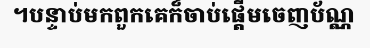
។បន្ទាប់មកពួកគេក៏ចាប់ផ្តើមចេញប័ណ្ណ